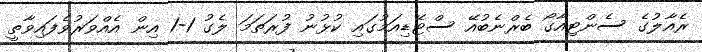
ރެއާލުގެ ސެންޓިއާގޯ ބެރްނެބުއޭ ސްޓޭޑިއަމުގައި ކުޅުނު ފުރަތަމަ ލެގު 1-1 އިން އެއްވަރުވެފައިވާތީ